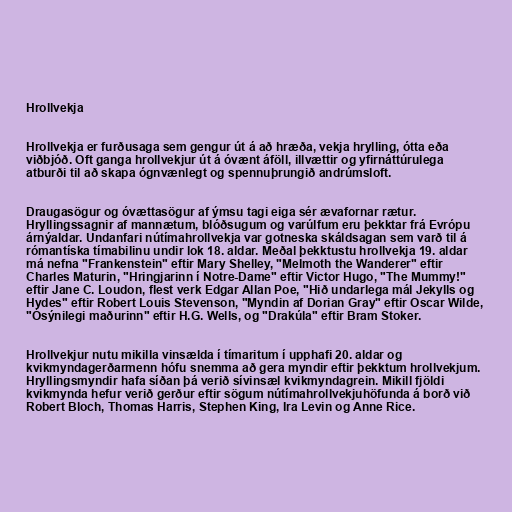
Hrollvekja

Hrollvekja er furðusaga sem gengur út á að hræða, vekja hrylling, ótta eða
viðbjóð. Oft ganga hrollvekjur út á óvænt áföll, illvættir og yfirnáttúrulega
atburði til að skapa ógnvænlegt og spennuþrungið andrúmsloft.

Draugasögur og óvættasögur af ýmsu tagi eiga sér ævafornar rætur.
Hryllingssagnir af mannætum, blóðsugum og varúlfum eru þekktar frá Evrópu
árnýaldar. Undanfari nútímahrollvekja var gotneska skáldsagan sem varð til á
rómantíska tímabilinu undir lok 18. aldar. Meðal þekktustu hrollvekja 19. aldar
má nefna "Frankenstein" eftir Mary Shelley, "Melmoth the Wanderer" eftir
Charles Maturin, "Hringjarinn í Notre-Dame" eftir Victor Hugo, "The Mummy!"
eftir Jane C. Loudon, flest verk Edgar Allan Poe, "Hið undarlega mál Jekylls og
Hydes" eftir Robert Louis Stevenson, "Myndin af Dorian Gray" eftir Oscar Wilde,
"Ósýnilegi maðurinn" eftir H.G. Wells, og "Drakúla" eftir Bram Stoker.

Hrollvekjur nutu mikilla vinsælda í tímaritum í upphafi 20. aldar og
kvikmyndagerðarmenn hófu snemma að gera myndir eftir þekktum hrollvekjum.
Hryllingsmyndir hafa síðan þá verið sívinsæl kvikmyndagrein. Mikill fjöldi
kvikmynda hefur verið gerður eftir sögum nútímahrollvekjuhöfunda á borð við
Robert Bloch, Thomas Harris, Stephen King, Ira Levin og Anne Rice.